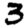
Digit: 3